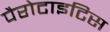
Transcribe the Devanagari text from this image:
पैरोटाइटिस